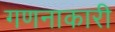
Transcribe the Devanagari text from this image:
गणनाकारी